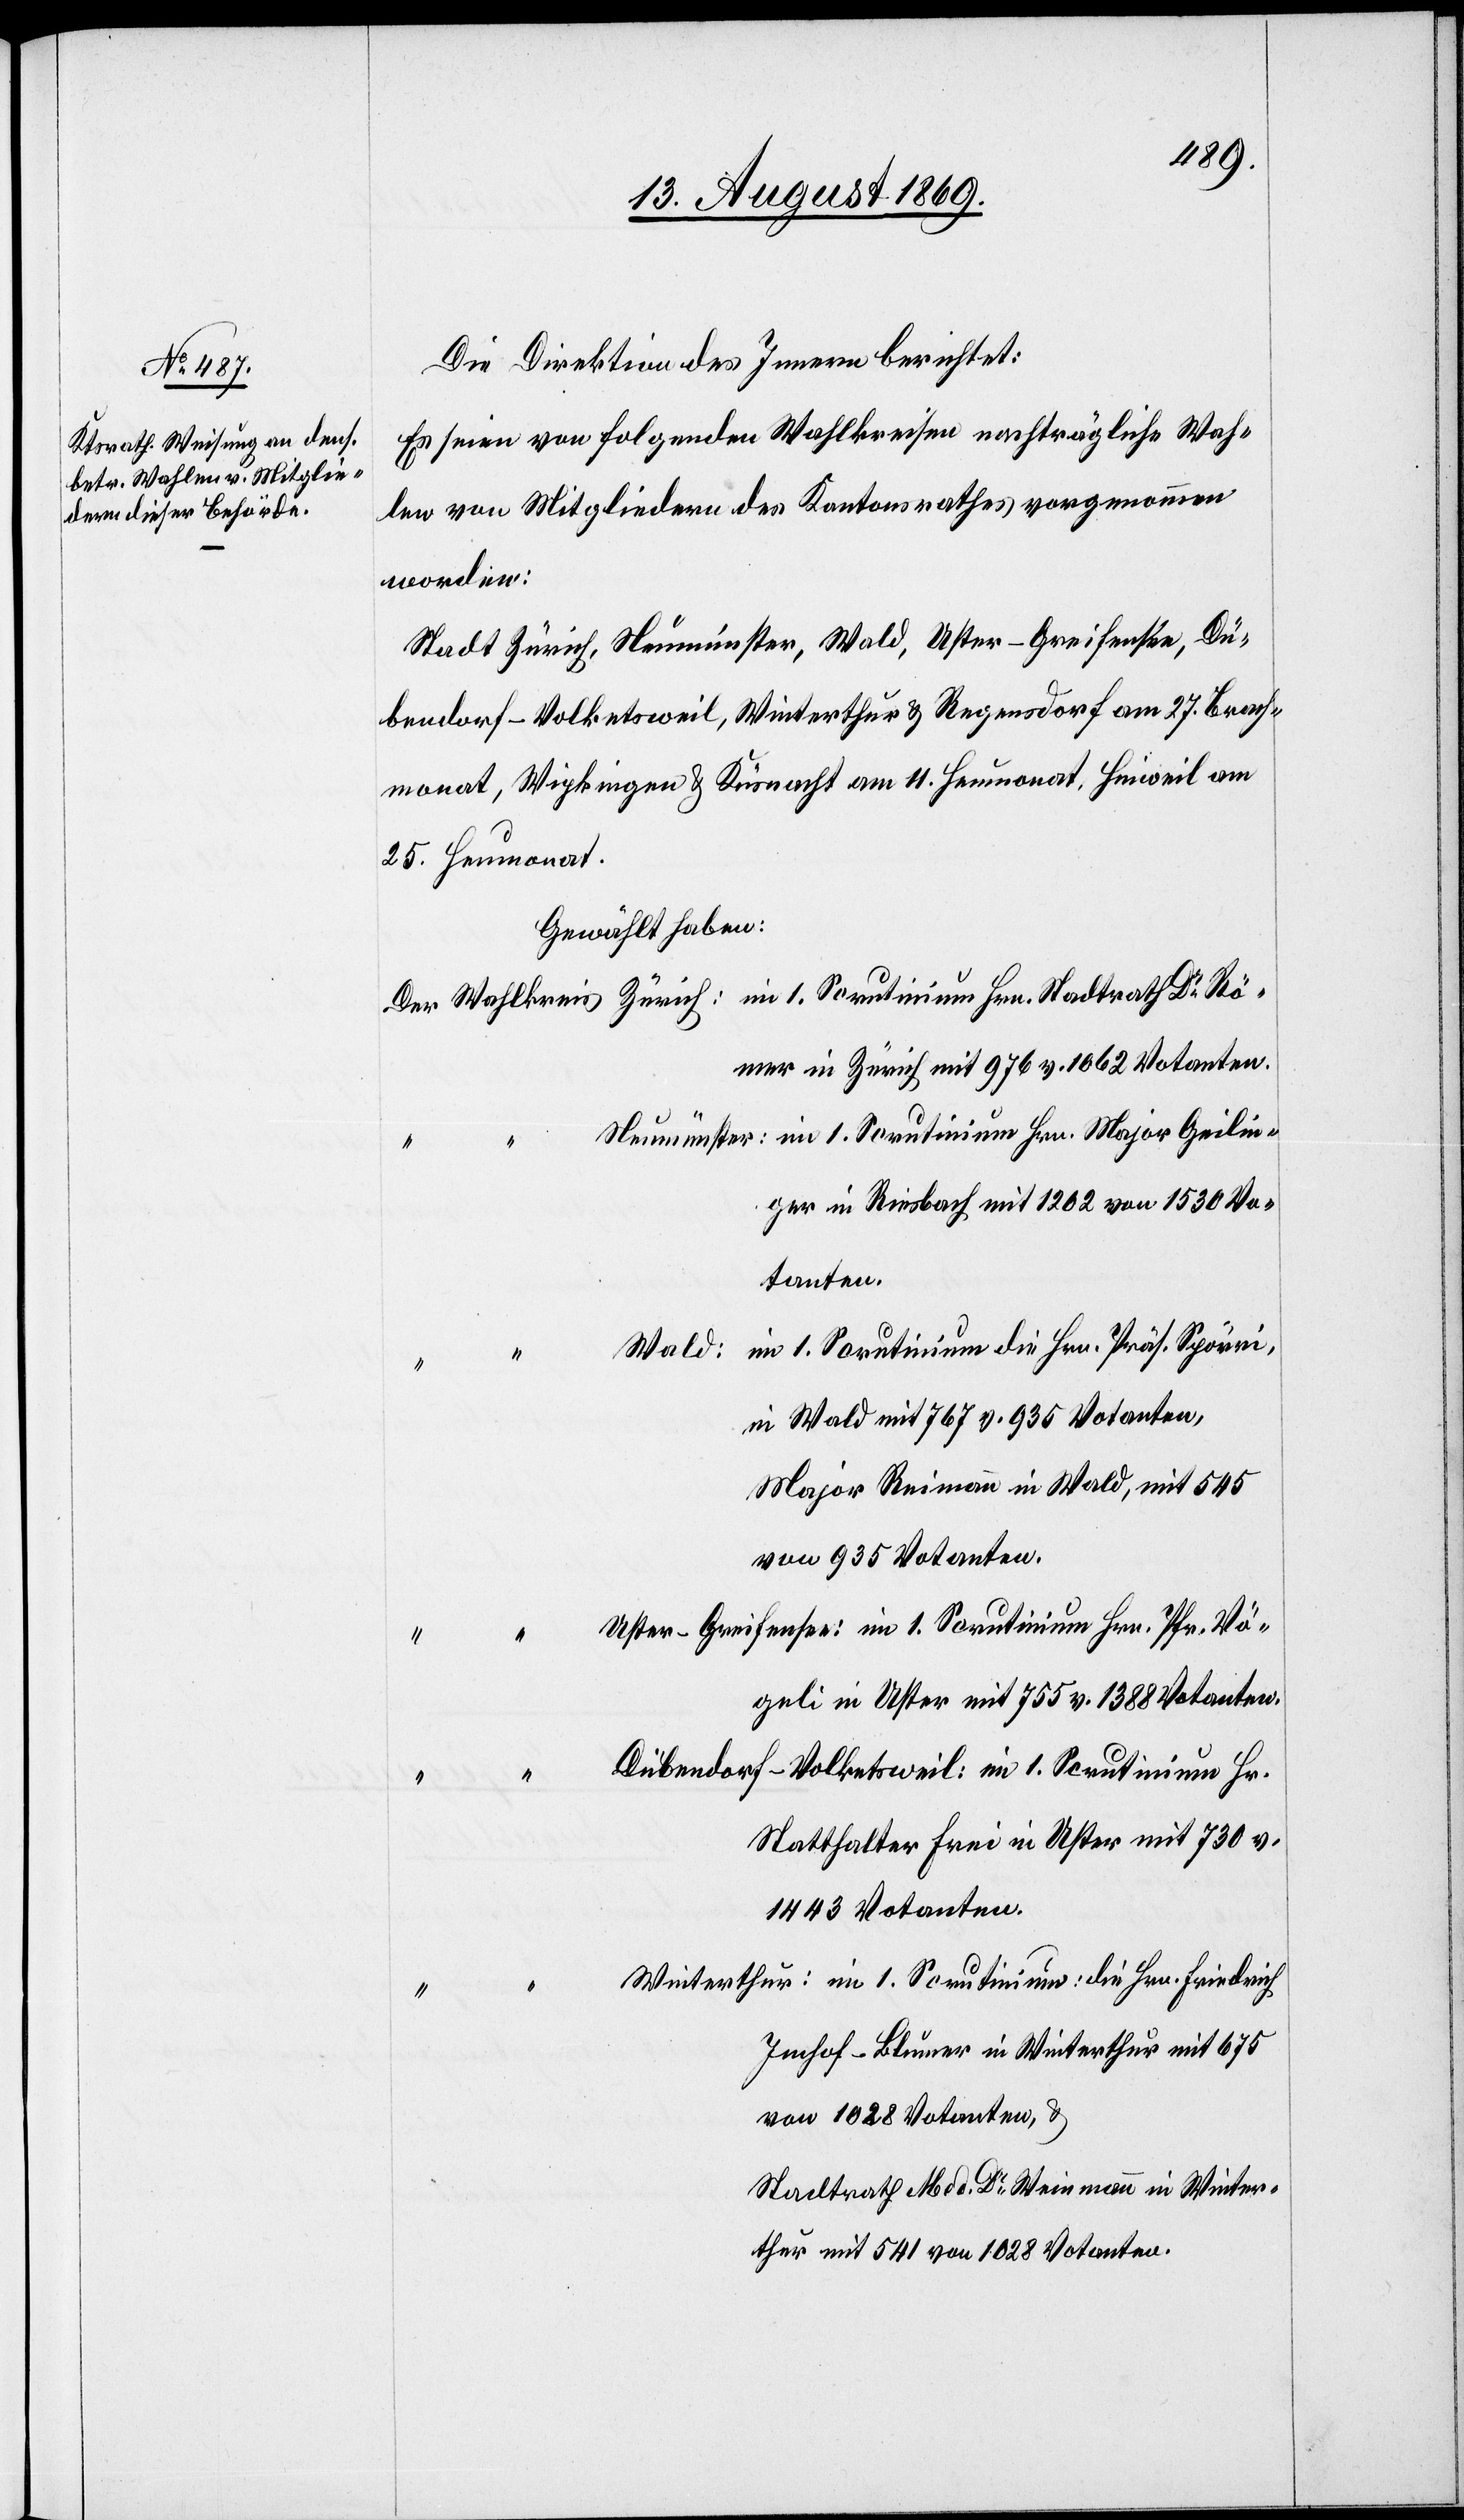
Die Direktion des Innern berichtet:
Es seien von folgenden Wahlkreisen nachträgliche Wah¬
len von Mitgliedern des Kantonsrathes vorgenommen
worden:
Stadt Zürich, Neumünster, Wald, Uster-Greifensee, Dü¬
bendorf-Volketsweil, Winterthur & Regensdorf am 27 Brach¬
monat, Wipkingen & Küsnacht am 11. Heumonat, Hinweil am
25. Heumonat.
Gewählt haben:
er in Zürich mit 976 v. 1062 Votanten
Friedrich
ger in Riesbach mit 1 262 von 1530 Vo¬
tanten.
im 1. Scrutinium die Hrn. Präs. Spörri,
Wald:
in Wald mit 767 v. 935 Votanten,
Major Reimann in Wald, mit 545
von 935 Votanten.
geli in Uster mit 755 v. 1388 Votanten.
Geilin¬
Statthalter Frei in Uster mit 730 v.
1443 Votanten.
im 1.
Imhof-Bleuner in Winterthur mit 675
von 1028 Votanten, &
Stadtrath Med. Dr Weinmann in Winter¬
thur mit 541 von 1028 Votanten.